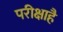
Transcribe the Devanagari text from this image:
परीक्षाहै